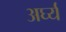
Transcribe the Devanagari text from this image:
अर्घ्य